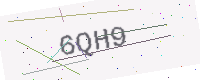
Text: 6QH9